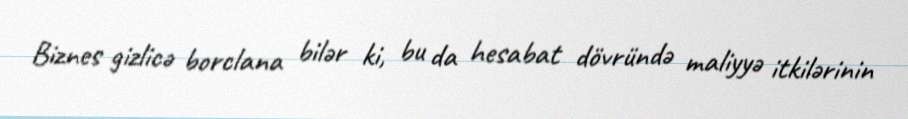
Biznes gizlicə borclana bilər ki, bu da hesabat dövründə maliyyə itkilərinin